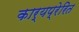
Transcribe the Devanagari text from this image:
कार्यप्रेरित